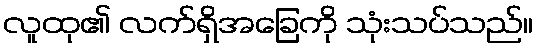
လူထု၏ လက်ရှိအခြေကို သုံးသပ်သည်။